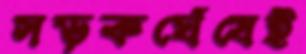
সড়কঘেঁষেই